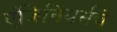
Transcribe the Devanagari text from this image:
एंजिनियर्सचे